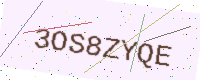
Text: 3OS8ZYQE